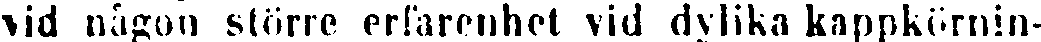
vid någon större erfarenhet vid dylika kappkörnin-